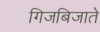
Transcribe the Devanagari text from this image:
गिजबिजाते